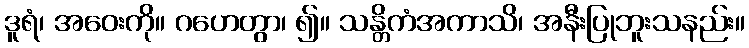
ဒူရံ၊ အဝေးကို။ ဂဟေတွာ၊ ၍။ သန္တိကံအကာသိ၊ အနီးပြုဘူးသနည်း။